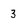
Character: 3